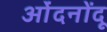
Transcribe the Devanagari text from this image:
ओंदनोंदू